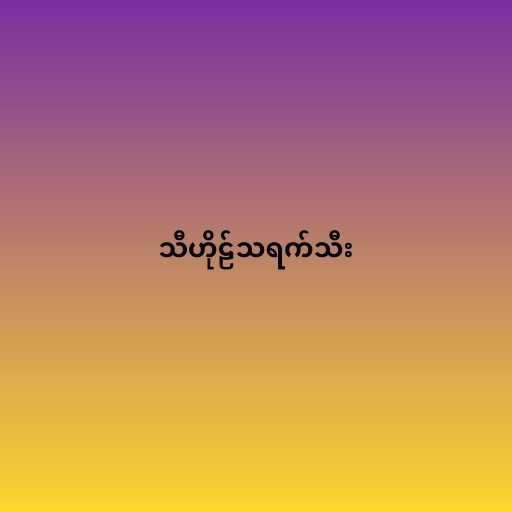
သီဟိုဠ်သရက်သီး